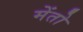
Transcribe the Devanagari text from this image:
मेंतो